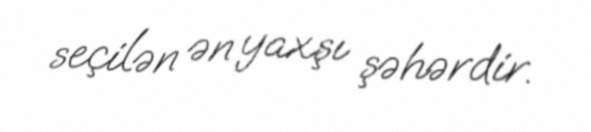
seçilən ən yaxşı şəhərdir.